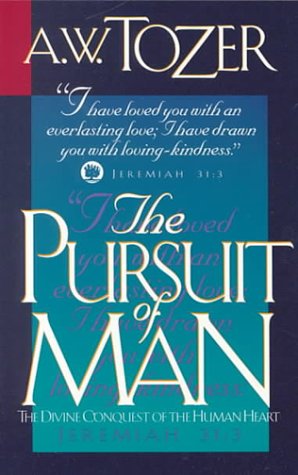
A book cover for The Pursuit of Man; A. W. Tozer; Christian Books & Bibles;